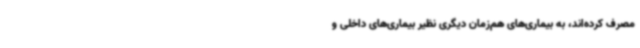
مصرف کرده‌اند، به بیماری‌های هم‌زمان دیگری نظیر بیماری‌های داخلی و